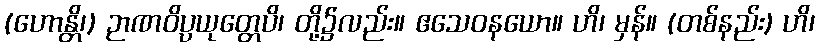
(ဟောန္တိ၊) ဉာဏဝိပ္ပယုတ္တေပိ၊ တို့၌လည်း။ ဧသေဝနယော။ ဟိ၊ မှန်။ (တစ်နည်း) ဟိ၊